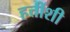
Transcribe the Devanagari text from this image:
हत्तींशी